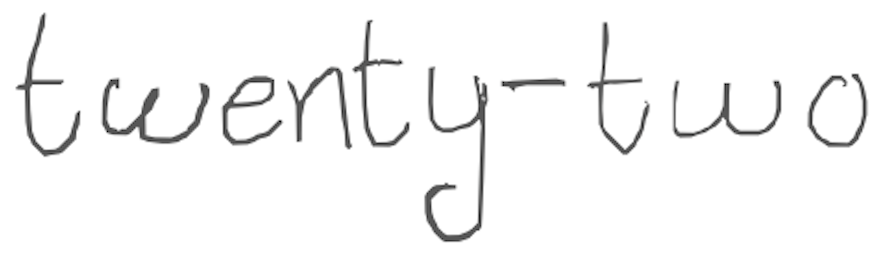
Text: twenty-two
Cross-out: clean
Writing tool: digital_gray